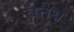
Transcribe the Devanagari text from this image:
वर्तेय